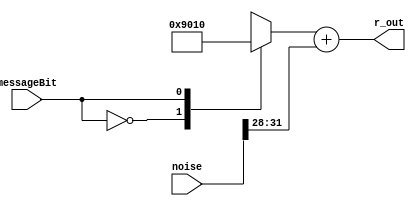
module bitEncoder (
noise		,
messageBit	,
r_out			
);

input wire [31:0] noise;
input wire messageBit;

output reg [7:0] r_out;

reg [7:0] dataStruct;
reg [7:0] noiseTemp;




always @(messageBit)
begin
	case(messageBit)
		0 : dataStruct = 10010000;
		1 : dataStruct = 00010000;
	endcase

	noiseTemp[7:0] = noise[31:24];
	//Shift noiseTemp Here
	noiseTemp = {4'b0000,noiseTemp[7:4]}; //shift by 6 >>
 	//noiseTemp = 8'b00000000;
	r_out <= dataStruct + noiseTemp;

end
	
	
endmodule